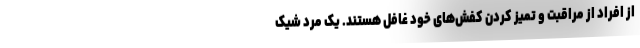
از افراد از مراقبت و تمیز کردن کفش‌های خود غافل هستند. یک مرد شیک